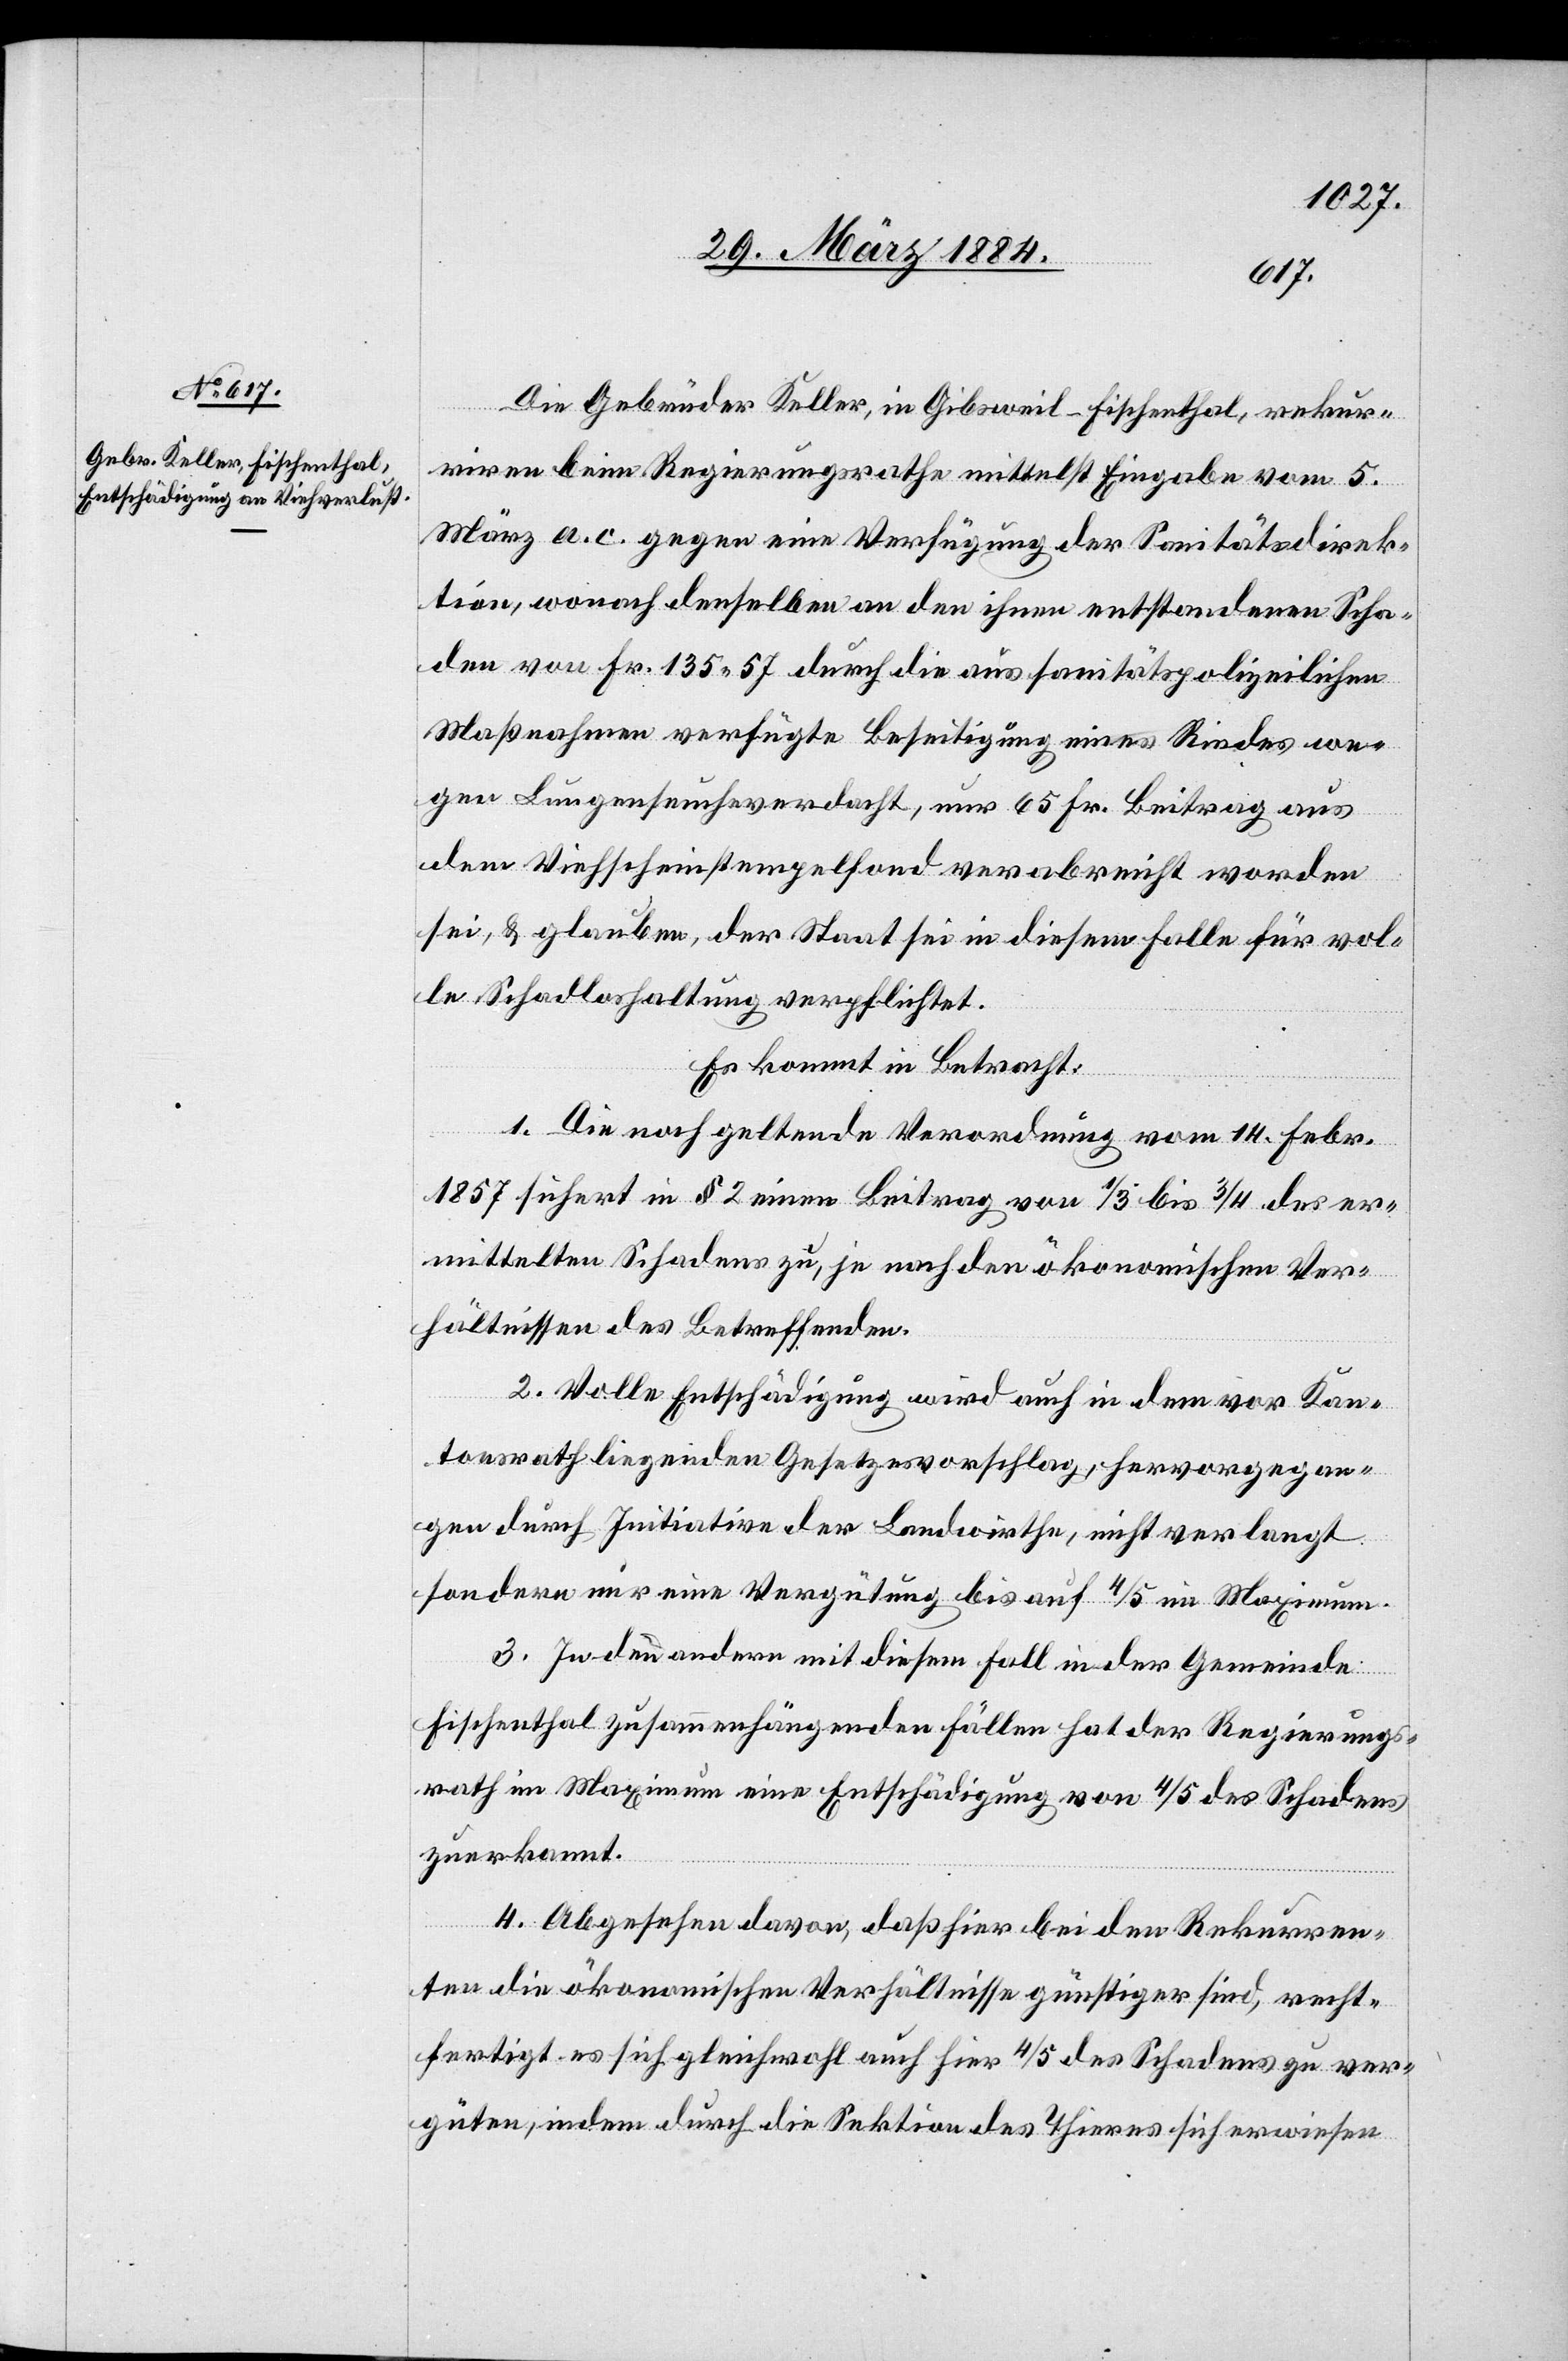
Die Gebrüder Keller, in Gibsweil - Fischenthal, rekur¬
riren beim Regierungsrathe mittelst Eingabe vom 5.
März a. c. gegen eine Verfügung der Sanitätsdirek¬
tion, wonach denselben an den ihnen entstandenen Scha¬
den von Fr. 135 57 durch die aus sanitätspolizeilichen
Maßnahmen verfügte Beseitigung eines Rindes we¬
gen Lungenseuchenverdacht, nur 65 Fr. Beitrag aus
dem Viehscheinstempelfond verabreicht worden
sei, & glauben, der Staat sei in diesem Falle für vol¬
le Schadloshaltung verpflichtet.
Es kommt in Betracht:
ver¬
1. Die noch geltende Verordnung vom 14. Febr.
1857 sichert im § 2 einen Beitrag von 1/3 bis 3/4 des er¬
mittelten Schadens zu, je nach den ökonomischen Ver¬
hältnissen des Betreffenden.
2. Volle Entschädigung wird auch in dem vor Kan¬
tonsrath liegenden Gesetzesvorschlag, hervorgegan¬
gen durch Initiative der Landwirthe, nicht verlangt,
sondern nur eine Vergütung bis auf 4/5 im Maximum.
3. In den andern mit diesem Fall in der Gemeinde
Fischenthal zusammenhängenden Fällen hat der Regierungs¬
rath im Maximum eine Entschädigung von 4/5 des Schadens
güten, indem durch die Sektion des Thieres sich erwiesen